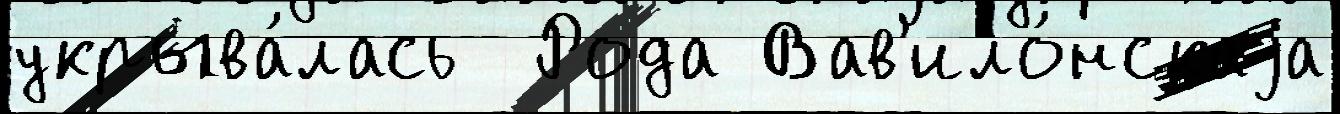
укрыва́лась  Рода Вав'ило́нскаjа